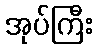
အုပ်ကြီး